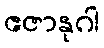
ဧဇာနုဂါ